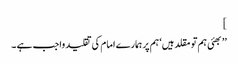
]
’’بھئی ہم تو مقلد ہیں‘ ہم پر ہمارے امام کی تقلید واجب ہے ۔